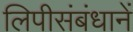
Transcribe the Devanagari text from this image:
लिपीसंबंधानें